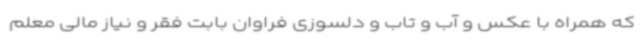
که همراه با عکس و آب و تاب و دلسوزی فراوان بابت فقر و نیاز مالی معلم